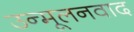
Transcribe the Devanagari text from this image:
उन्मूलनवाद